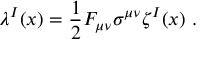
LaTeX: \lambda ^ { I } ( x ) = \frac { 1 } { 2 } F _ { \mu \nu } \sigma ^ { \mu \nu } \zeta ^ { I } ( x ) \ .